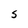
Character: S